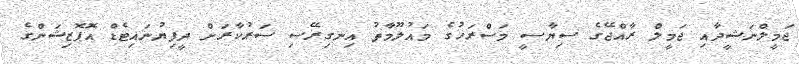
ޖަމީލްނަޝީދާއި ޖަމީލް ރާއްޖޭގެ ސިޔާސީ މަސްރަހުގެ މައުލޫމާތު އިނގިރޭސި ސަރުކާރަށް ދީފިޔުނައިޓެޑް އޮޕޮޒިޝަންގެ